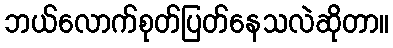
ဘယ်လောက်စုတ်ပြတ်နေသလဲဆိုတာ။